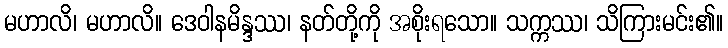
မဟာလိ၊ မဟာလိ။ ဒေဝါနမိန္ဒဿ၊ နတ်တို့ကို အစိုးရသော။ သက္ကဿ၊ သိကြားမင်း၏။